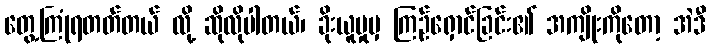
တွေ့ကြုံရတတ်တယ် လို့ ဆိုလိုပါတယ်၊ ခိုးယူမှုမှ ကြဉ်ရှောင်ခြင်း၏ အကျိုးကိုတော့ အဲဒီ